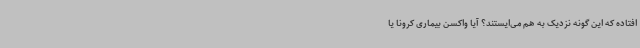
افتاده که این گونه نزدیک به هم می‌ایستند؟ آیا واکسن بیماری کرونا یا